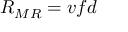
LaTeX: { R } _ { M R } = v f d \,